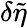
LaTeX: \delta\tilde{\eta}